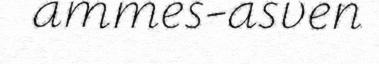
ammes-asven